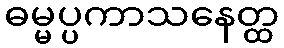
ဓမ္မပ္ပကာသနေတ္ထ